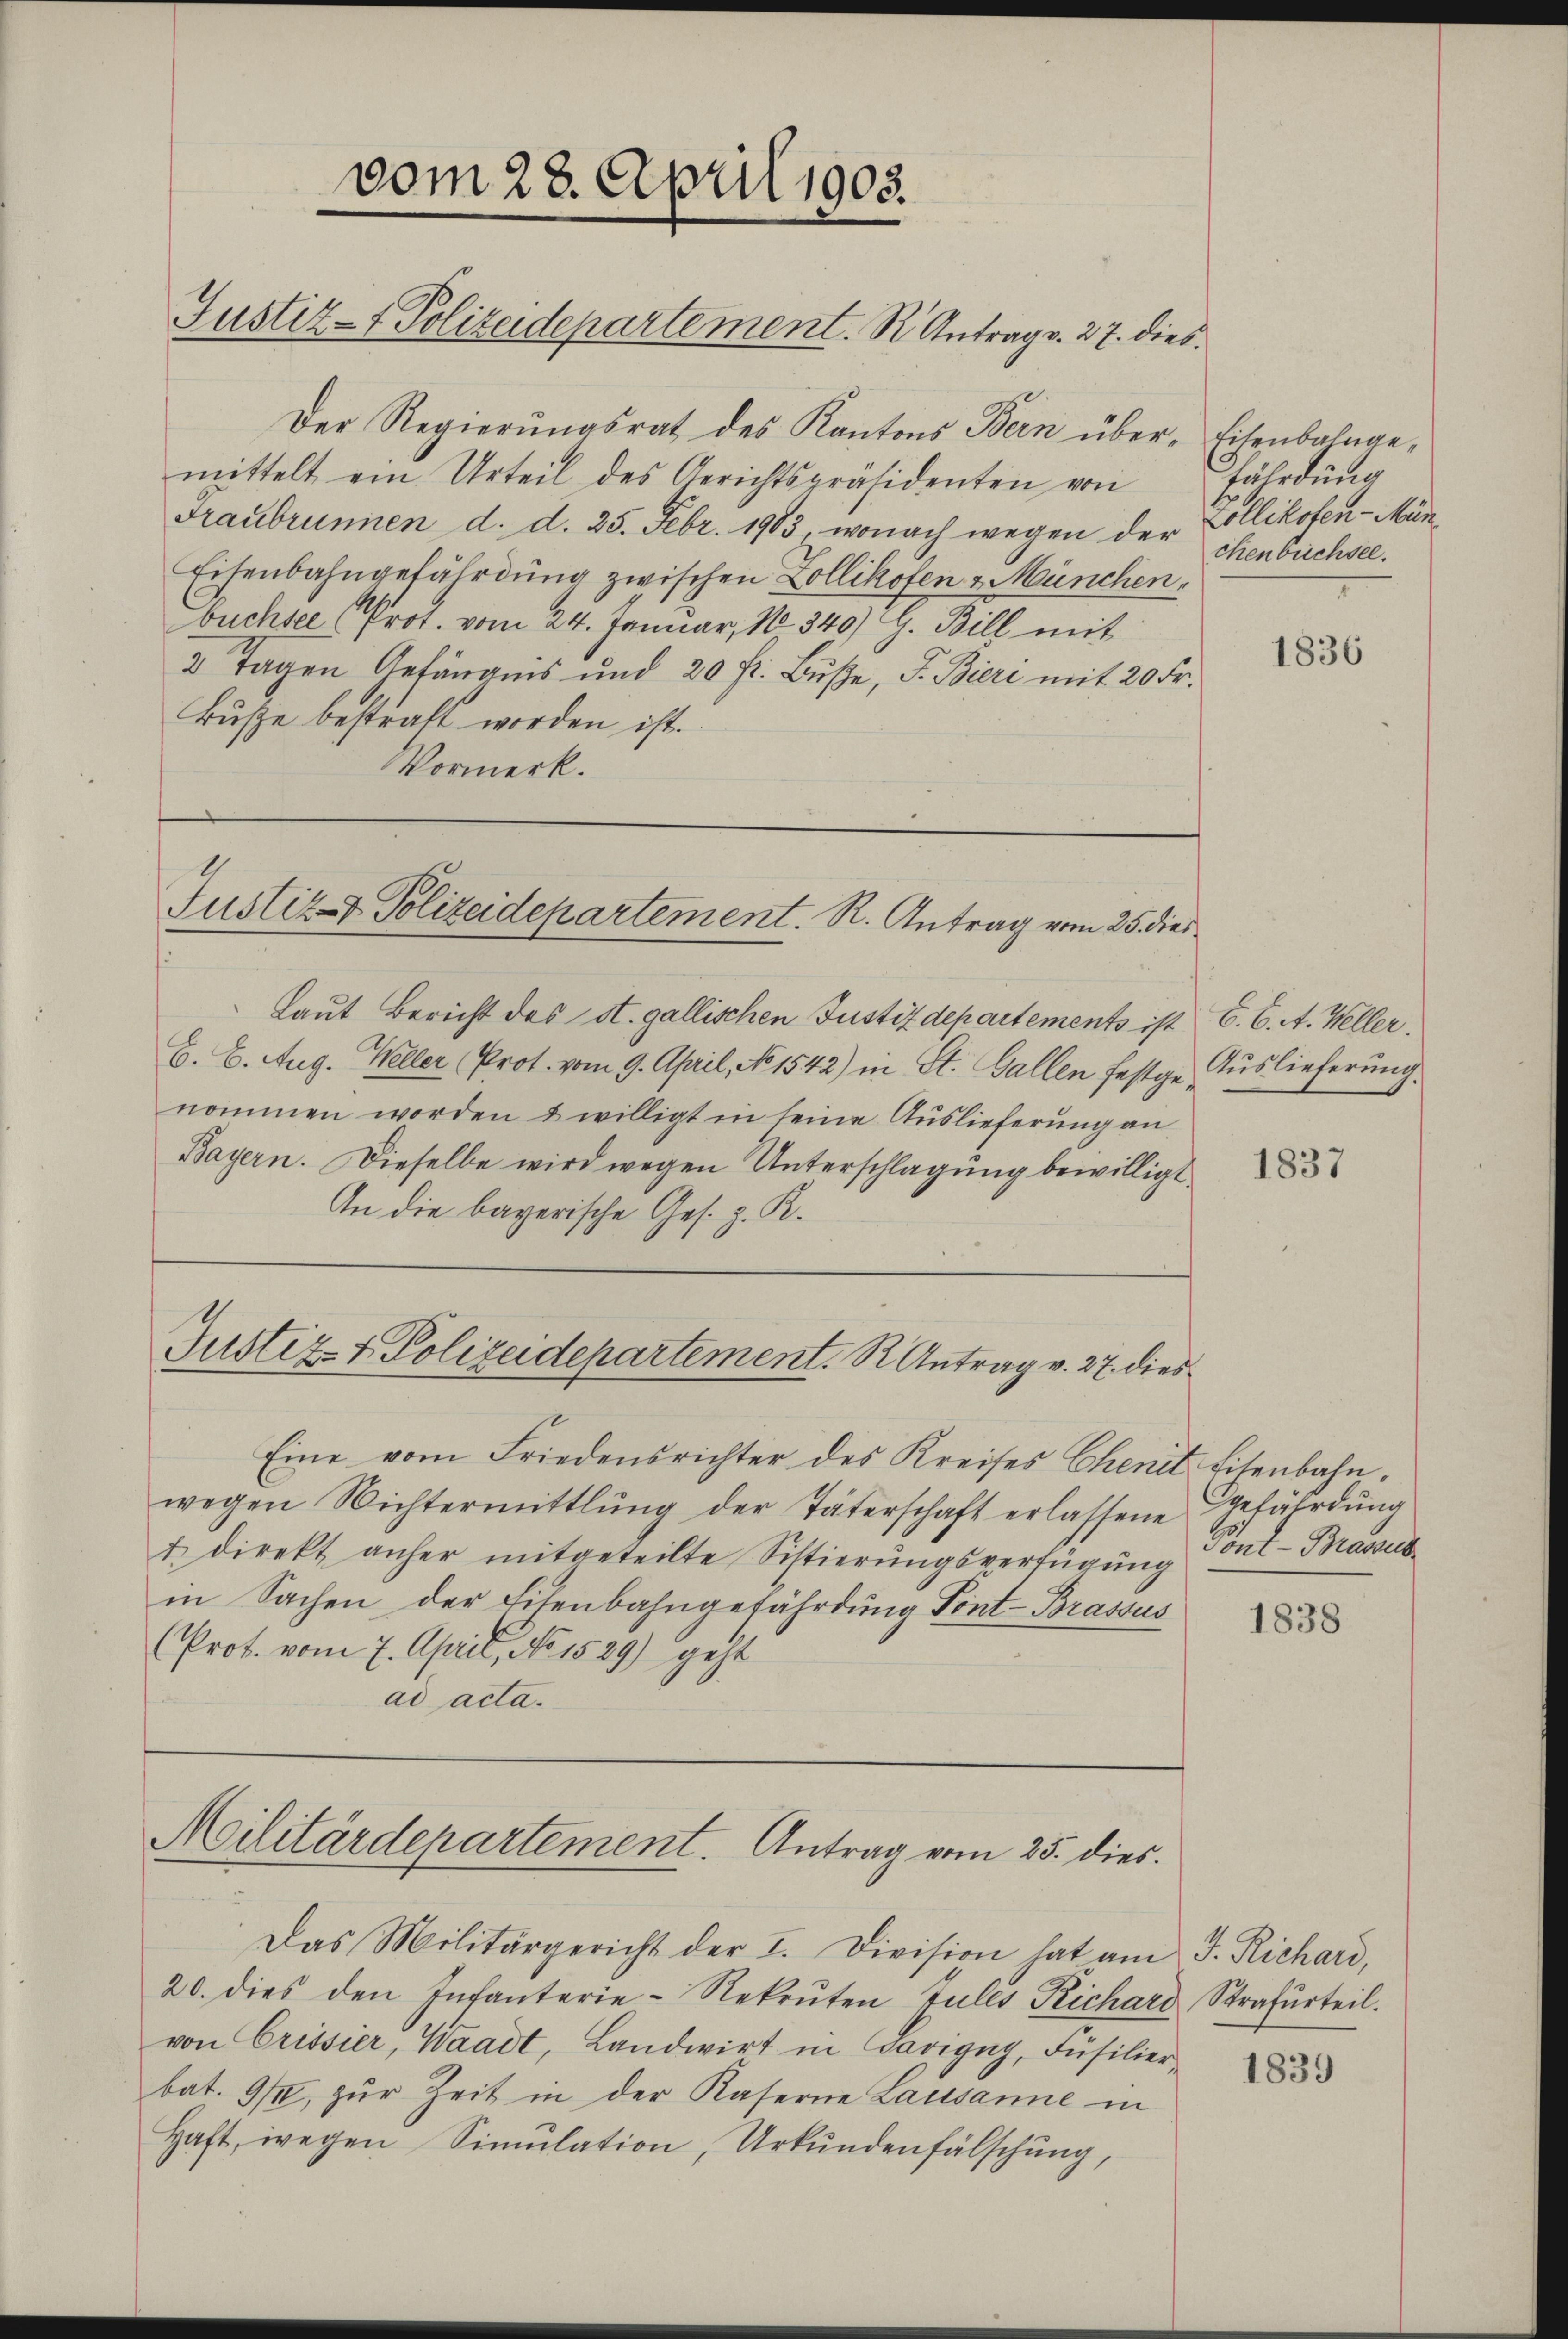
vom 28. April 1903.
Justiz- & Polizeidepartement. S. Antrag v. 27. dies

Der Regierungsrath des Kantons Bern über- Eisenbahngemittelt ein Urteil des Gerichtspräsidenten von
Traubrunnen d. d. 25. Febr. 1903, wonach wegen der Zollikofen-Mün¬
Eisenbahngefährdung zwischen Zollikofen & Münchenbuchsee Prot. vom 24. Januar, No 340) G. Bill mit
2 Tagen Gefängnis und 20 fr. Buße, S. Bieri mit 20 Fr.
Buße bestraft worden ist.
Vormerk.

Justiz- & Polizeidepartement. R. Antrag vom 25. dies¬

Justiz- & Polizeidepartement.  Antrag v. 27. dies

Laut Bericht des St. gallischen Justizdepartements ist C. C. A. Weller.
B. 6. Aug. Weller (Prot. vom 9. April, No 1542) in St. Gallen festge Auslieferŭng.
nommen worden u willigt in seine Auslieferung an
Bayern. Dieselbe wird wegen Unterschlagung bewilligt
An die bayerische Ges. z. R.

Eine vom Friedensrichter des Kreises Chenit Eisenbahn.
wegen Nichtermittlung der Täterschaft erlassene Gefährdŭng
t Direkt anher mitgeteilte Sistierungsverfügung
in Sachen der Filenbahngefährdung Font-Brassus
(Prof. vom 7. April, No 1529) geht
ad acta.

Militärdepartement. Antrag vom 25. dies

Das Militärgericht der I. Division hat am J. Richard,
20. dies den Infanterie-Rekruten Jules Richard Strafurteil.
von Crissier, Waadt, Landwirt in Savigny, Füsilierbat. 92, zŭr Zeit in der Kaserne Lausanne in
Haft, wegen Simulation, Urkundenfälschung,

fährdung
chenbüchsel.

1836

1837

Tont-Brasses

1838

1839